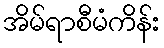
အိမ်ရာစီမံကိန်း